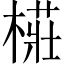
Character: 𭫨